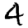
Digit: 4